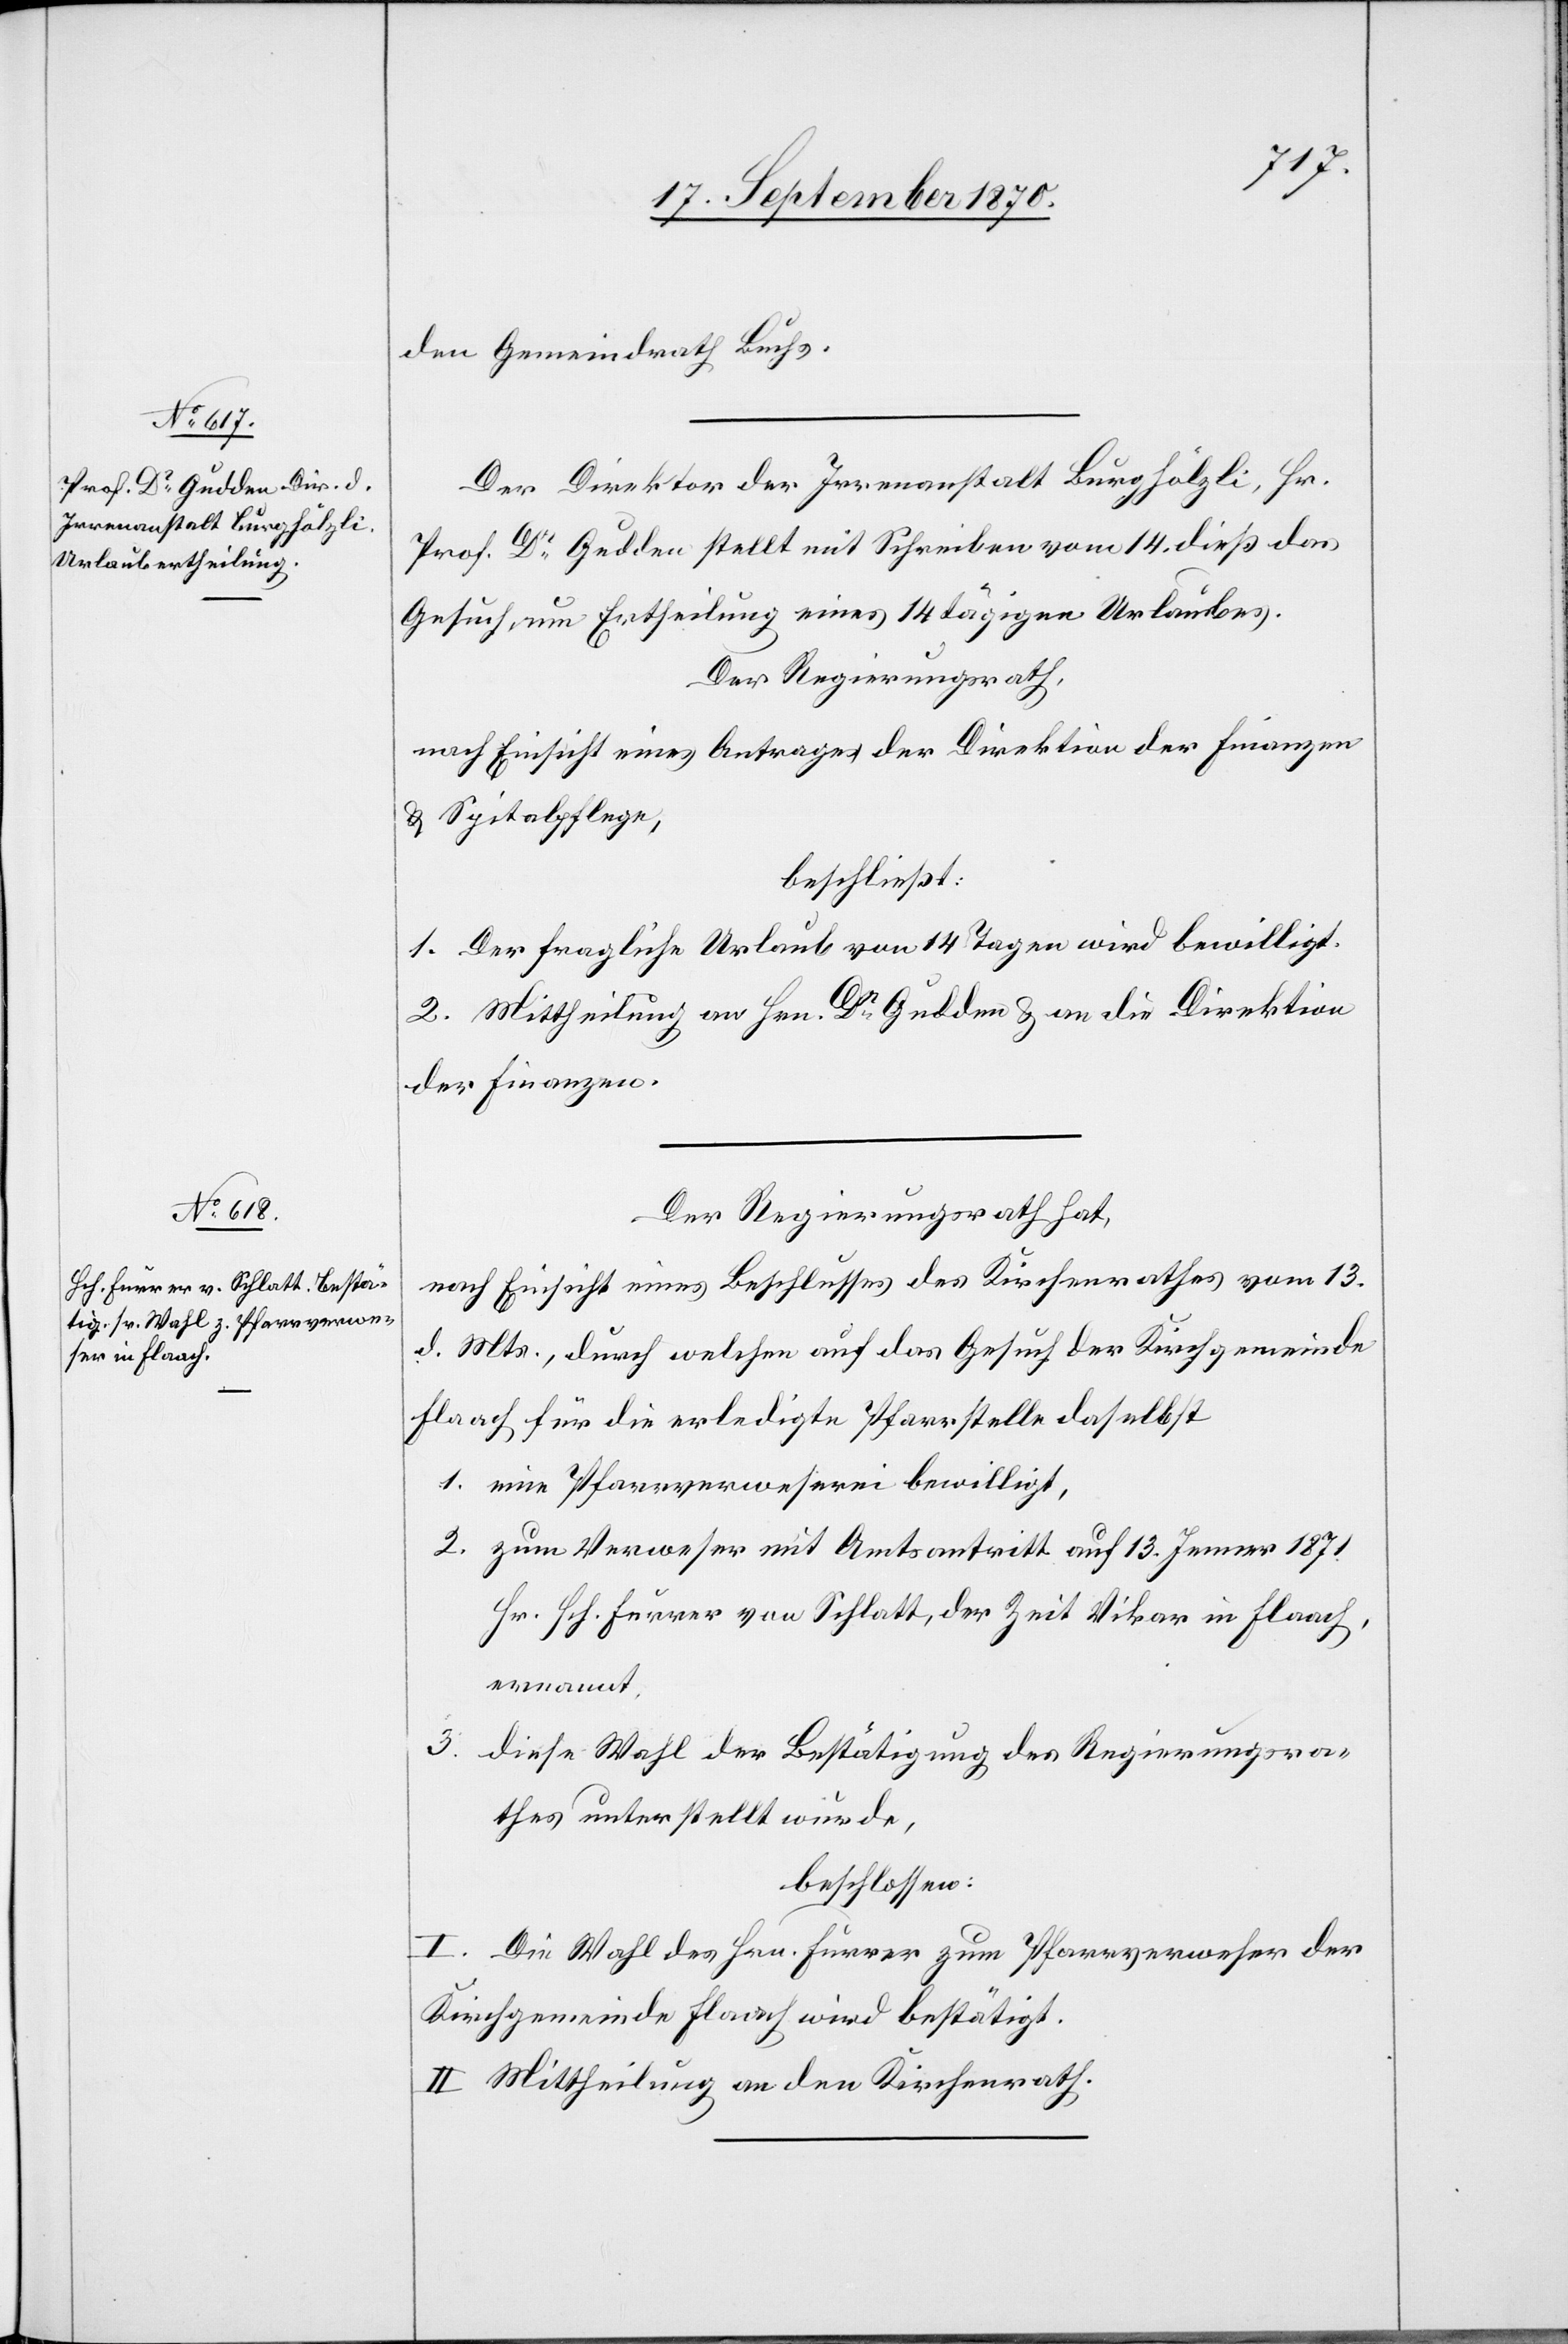
den Gemeindrath Buchs.
Der Direktor der Irrenanstalt Burghölzli, Hr.
Prof. Dr Gudden stellt mit Schreiben vom 14. dieß das
Gesuch um Ertheilung eines 14tägigen Urlaubes.
Der Regierungsrath,
nach Einsicht eines Antrages der Direktion der Finanzen
& Spitalpflege,
beschließt:
1. Der fragliche Urlaub von 14 Tagen wird bewilligt.
2. Mittheilung an Hrn. Dr Gudden & an die Direktion
der Finanzen.
Der Regierungsrath hat,
nach Einsicht eines Beschlusses des Kirchenrathes vom 13.
d. Mts., durch welchen auf das Gesuch der Kirchgemeinde
Flaach für die erledigte Pfarrstelle daselbst
1. eine Pfarrverweserei bewilligt,
2. zum Verweser mit Amtsantritt auf 13. Jenner 1871
Hr. Hch. Furrer von Schlatt, der Zeit Vikar in Flaach,
ernannt,
3.
diese Wahl der Bewilligung des Regierungsra¬
thes unterstellt wurde,
beschlossen:
I. Die Wahl des Hrn. Furrer zum Pfarrverweser der
Kirchgemeinde Flaach wird bestätigt.
II. Mittheilung an den Kirchenrath.